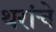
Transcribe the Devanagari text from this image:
थरांचे